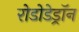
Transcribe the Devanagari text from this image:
रोडोडेड्रॉन